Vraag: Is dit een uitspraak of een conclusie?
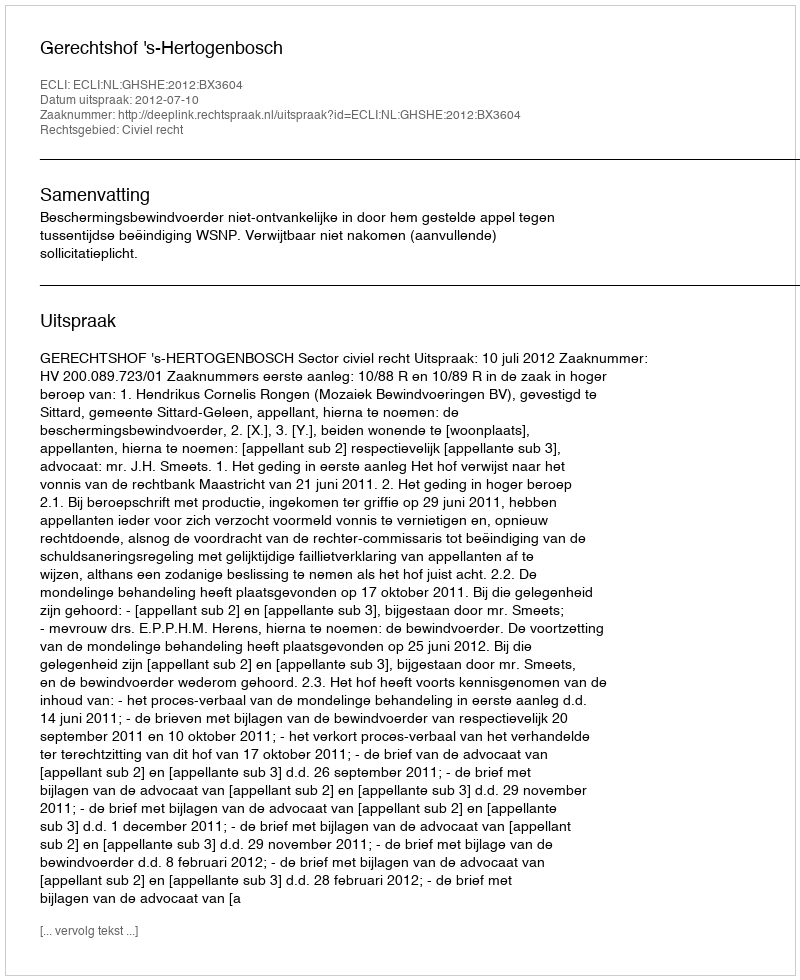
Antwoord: Uitspraak